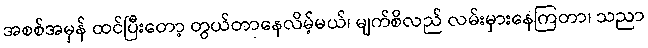
အစစ်အမှန် ထင်ပြီးတော့ တွယ်တာနေလိမ့်မယ်၊ မျက်စိလည် လမ်းမှားနေကြတာ၊ သညာ